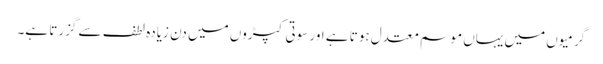
گرمیوں میں یہاں موسم معتدل ہوتا ہے اور سوتی کپڑوں میں دن زیادہ لطف سے گزرتا ہے۔